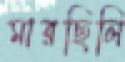
মারছিলি